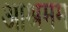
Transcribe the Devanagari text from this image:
आश्रमम